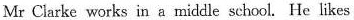
Mr Clarke works in a middle school.He likes